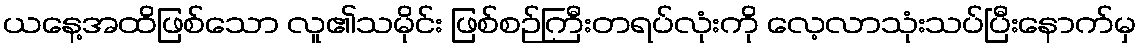
ယနေ့အထိဖြစ်သော လူ၏သမိုင်း ဖြစ်စဉ်ကြီးတရပ်လုံးကို လေ့လာသုံးသပ်ပြီးနောက်မှ